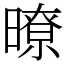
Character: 暸